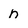
Character: n